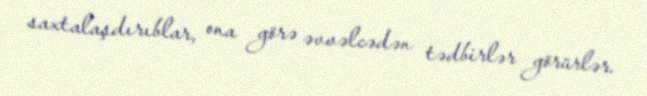
saxtalaşdırıblar, ona görə əvvəlcədən tədbirlər görürlər.